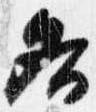
各